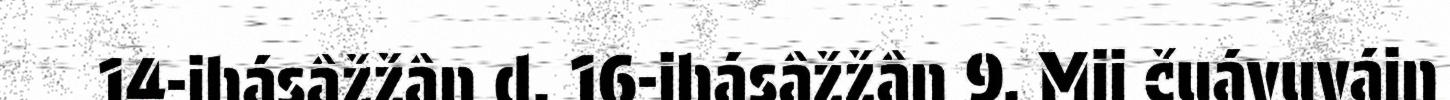
14-ihásâžžân d. 16-ihásâžžân 9. Mii čuávuváin